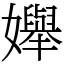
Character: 𡤒